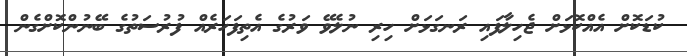
ކުޑަކޮށް އެއްކޮޅަށް ޖެހިލާފައި ރަނގަޅަށް ހިރި ނުލެވޭ ވަރުގެ އެތިފަހަރެއް ފުރުސަތުގެ ބޭނުންކޮށްގެން